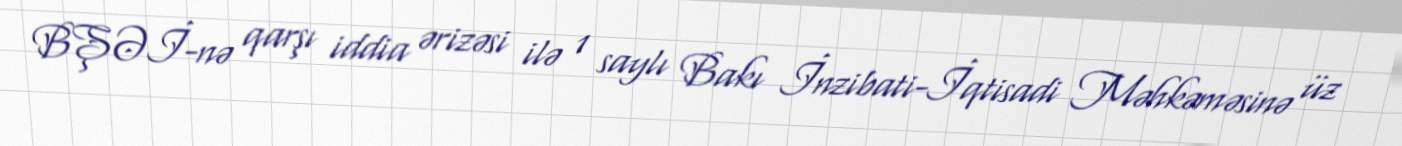
BŞƏİ-nə qarşı iddia ərizəsi ilə 1 saylı Bakı İnzibati-İqtisadi Məhkəməsinə üz